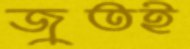
জুতই